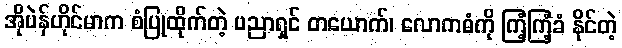
အိုပဲန်ဟိုင်မာက စံပြုထိုက်တဲ့ ပညာရှင် တယောက်၊ လောကဓံကို ကြံ့ကြံ့ခံ နိုင်တဲ့